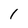
Character: 1